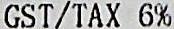
GST/TAX 6%